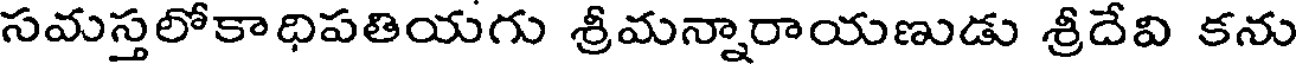
సమస్తలోకాధిపతియగు శ్రీమన్నారాయణుడు శ్రీదేవి కను